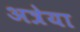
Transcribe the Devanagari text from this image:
अत्रेया